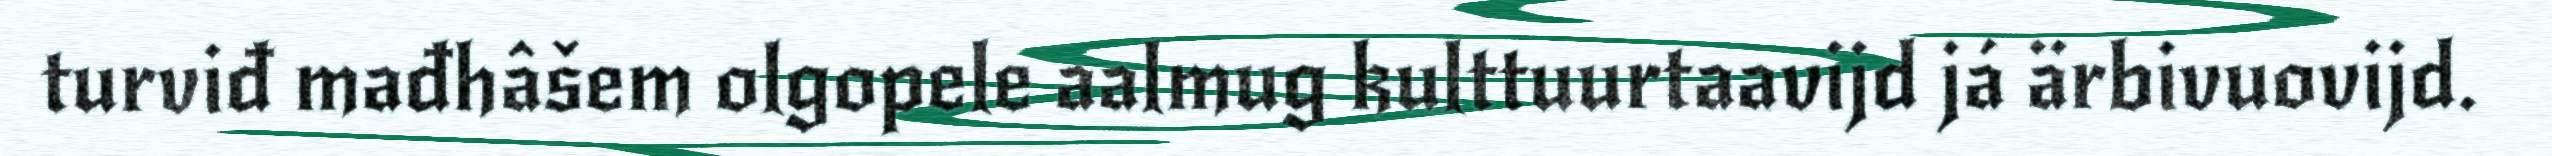
turviđ mađhâšem olgopele aalmug kulttuurtaavijd já ärbivuovijd.